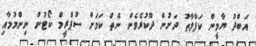
އަބްދު ޔާމީން ކަފާލާތު ދަށުން ދޫކުރެވެން ނެތް ކަމަށް ސުޕްރީމް ކޯޓުން ނިންމުމާއި